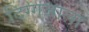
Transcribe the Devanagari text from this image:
दिग्गजाला